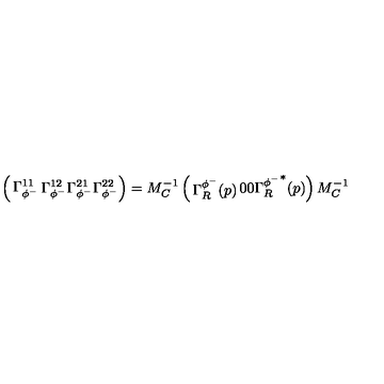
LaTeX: \left( \begin{matrix} { \Gamma _ { \phi ^ { - } } ^ { 1 1 } } & { \Gamma _ { \phi ^ { - } } ^ { 1 2 } } \\ { \Gamma _ { \phi ^ { - } } ^ { 2 1 } } & { \Gamma _ { \phi ^ { - } } ^ { 2 2 } } \\ \end{matrix} \right) = M _ { C } ^ { - 1 } \left( \begin{matrix} { \Gamma _ { R } ^ { \phi ^ { - } } ( p ) } & { 0 } \\ { 0 } & { { \Gamma _ { R } ^ { \phi ^ { - } } } ^ { * } ( p ) } \\ \end{matrix} \right) M _ { C } ^ { - 1 }